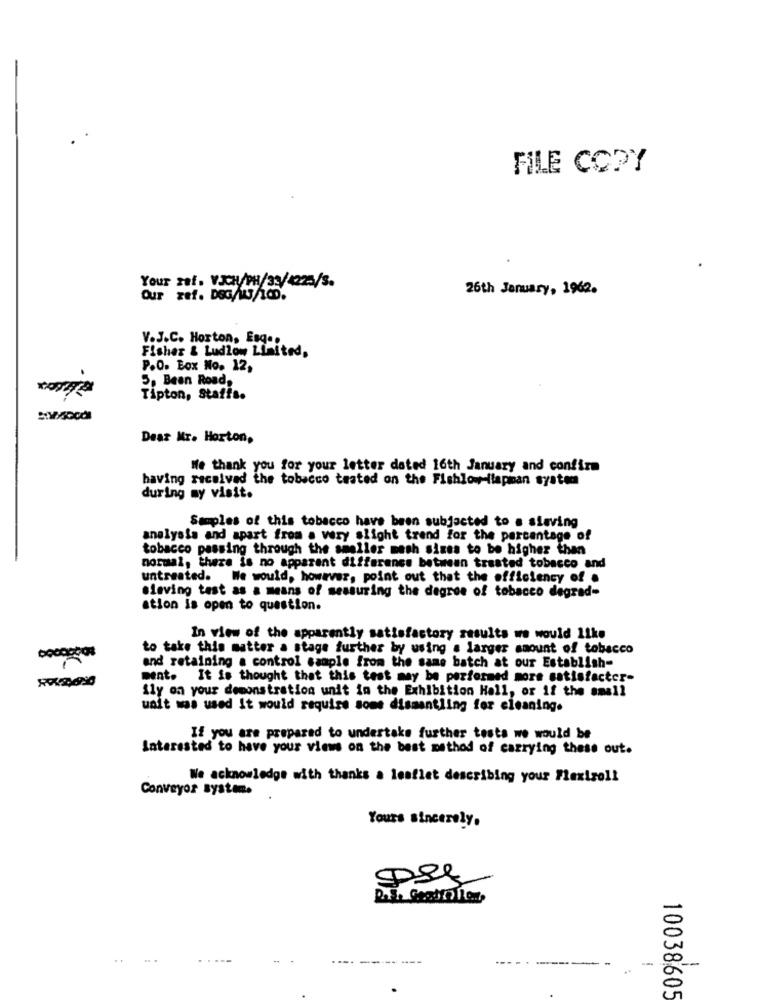
FILE COPY
.
Your zaf. VICH/PH/39/4225/S.
26th January, 1962.
Our zef. DSG/w/100.
V.J.C. Horton, Esgeo
Fisher & Ludlow Limited,
P.O. Box No. 12,
5. Bean Road,
Tipton, Staffs.
Dear Mr. Horton,
We thank you for your letter dated 16th January and confirm
having received the tobacco tested on the Fishlo -ilapman system
during my visit.
Samples of this tobacco have been subjected to a sisving
analysis and apart from a very slight trend for the percentage of
tobacco passing through the smaller mesh sizes to be higher than
normal, there is no apparent difference between trasted tobacco and
untreated. We would, however, point out that the efficiency of .
sleving test as a means of measuring the degree of tobacco degrad-
ation is open to question.
In view of the apparently satisfactory results we would like
to take this matter a stage further by using a larger amount of tobacco
and retaining a control sample from the same batch at our Establish-
ment. It is thought that this test may be performed more satisfactor-
ily on your demonstration unit in the Exhibition Hall, or if the small
unit was used it would require some dismantling for cleaning.
If you are prepared to undertake further tests we would be
Interested to have your views on the best method of carrying these out.
We acknowledge with thanks a leaflet describing your Flexiroll
Conveyor system.
Yours sincerely.
..
----
10038605